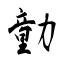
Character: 勭